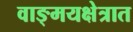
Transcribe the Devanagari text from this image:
वाङ्‌मयक्षेत्रात